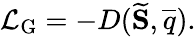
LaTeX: \mathcal{L}_{\mathrm{G}}=-D(\widetilde{\mathbf{S}},\overline{{q}}).